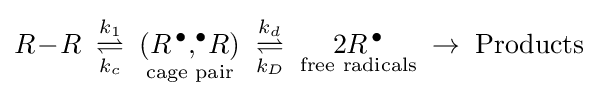
R\!-\!R\;\;{\underset {k_{c}}{\overset {k_{1}}{\rightleftharpoons }}}\;\;{\underset {\text{cage pair}}{(R^{\,\bullet },^{\bullet }\!R)}}\;\;{\underset {k_{D}}{\overset {k_{d}}{\rightleftharpoons }}}\;\;{\underset {\text{free radicals}}{2R^{\,\bullet }}}\;\rightarrow \;{\text{Products}}